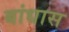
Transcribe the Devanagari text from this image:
बांधास